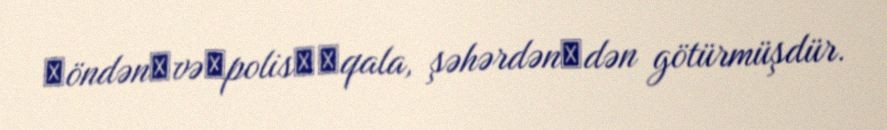
≪öndən≫və≪polis≫≪qala, şəhərdən≫dən götürmüşdür.